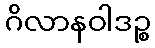
ဂိလာနဝါဒဉ္စ